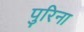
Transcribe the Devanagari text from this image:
पुरिना